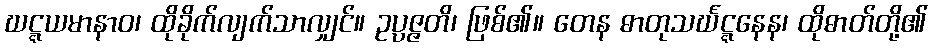
ဃဋ္ဋယမာနာဝ၊ ထိုခိုက်လျက်သာလျှင်။ ဥပ္ပဇ္ဇတိ၊ ဖြစ်၏။ တေန ဓာတုသင်္ဃဋ္ဋနေန၊ ထိုဓာတ်တို့၏